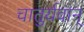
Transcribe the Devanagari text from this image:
चातुर्यवान्